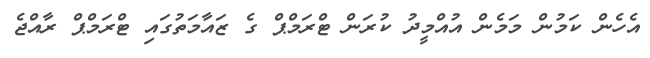
އެހެން ކަމުން މަމެން އުއްމީދު ކުރަން ޓްރަމްޕް ގެ ޒައާމަތުގައި ޓްރަމްޕް ރާއްޖެ